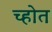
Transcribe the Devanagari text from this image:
च्होत